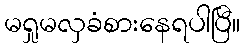
မရှုမလှခံစားနေရပါပြီ။